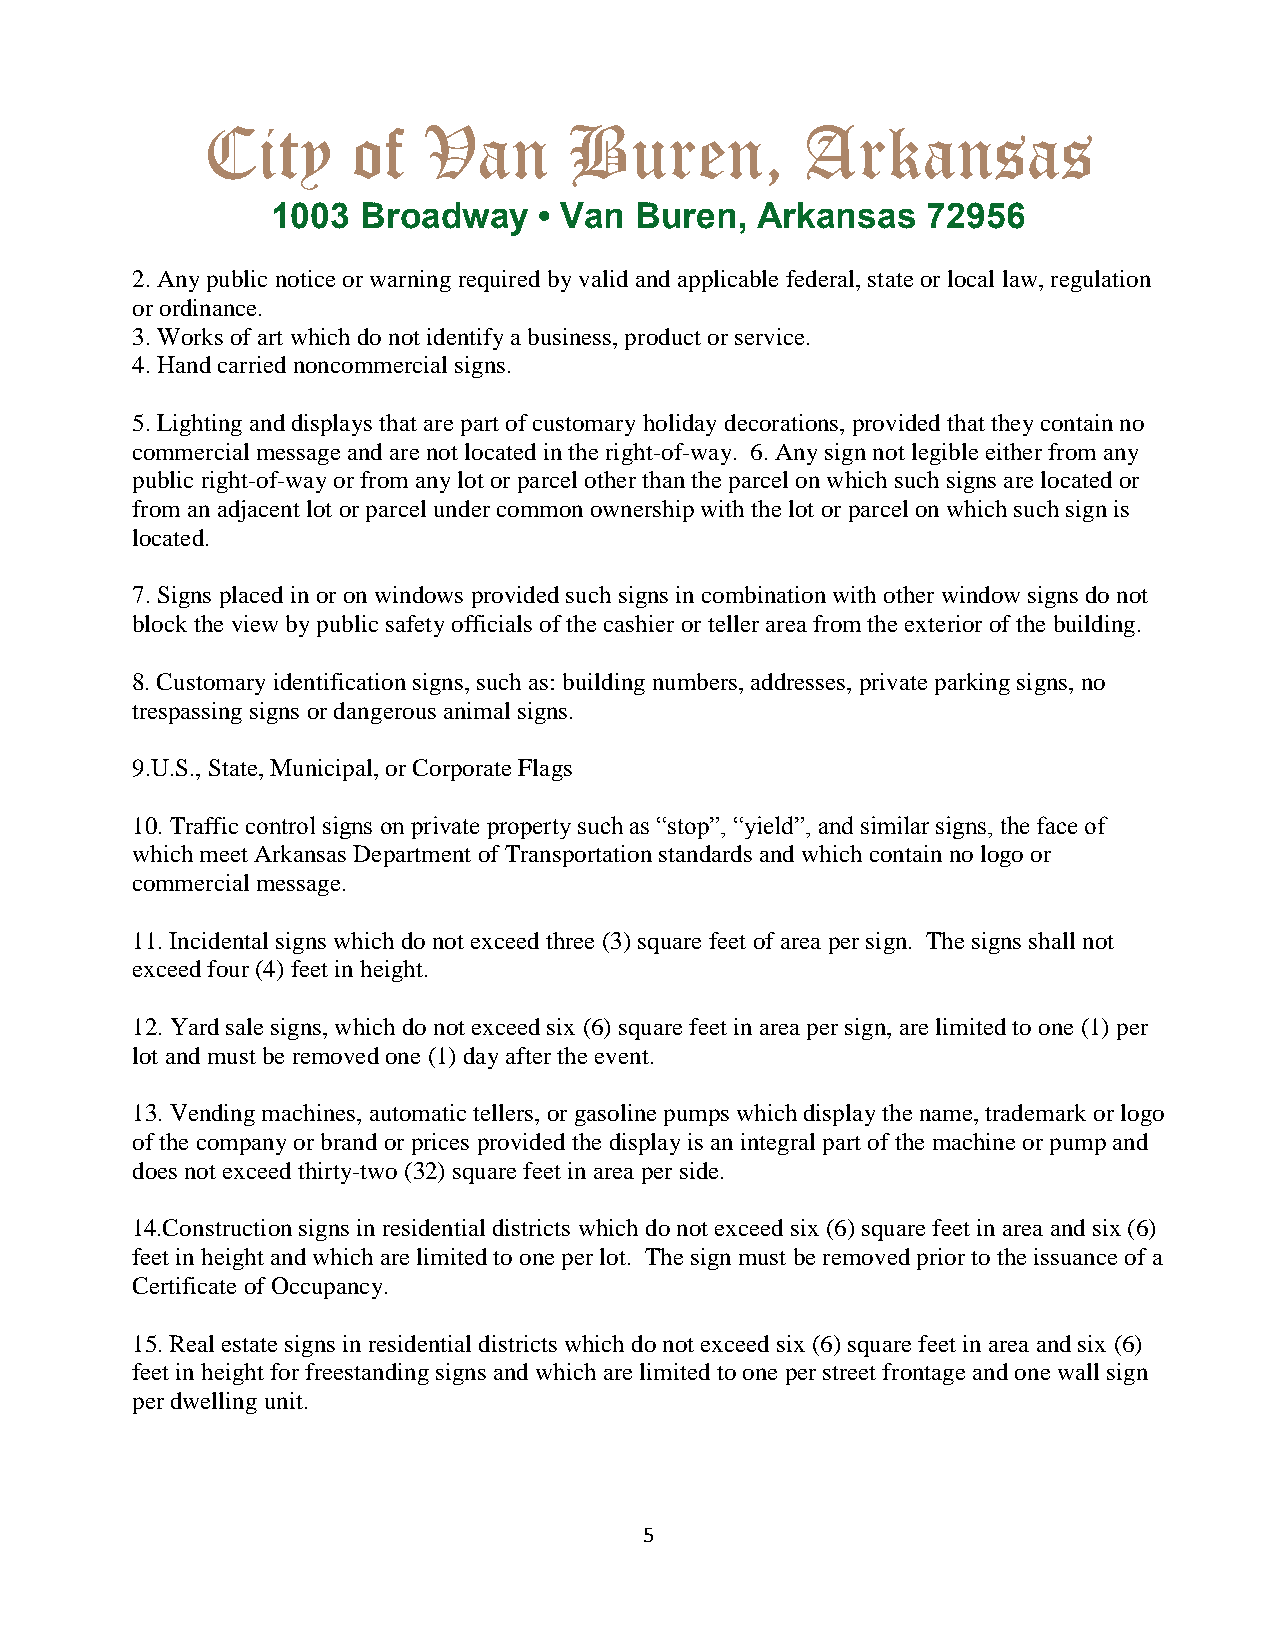
City      of   Van       Buren,         Arkansas
 1003  Broadway    • Van Buren,  Arkansas   72956
 2. Any public notice or warning required by valid and applicable federal, state or local law, regulation
 or ordinance.
 3. Works of art which do not identify a business, product or service.
 4. Hand carried noncommercial signs.
 5. Lighting and displays that are part of customary holiday decorations, provided that they contain no
 commercial message and are not located in the right-of-way. 6. Any sign not legible either from any
 public right-of-way or from any lot or parcel other than the parcel on which such signs are located or
 from an adjacent lot or parcel under common ownership with the lot or parcel on which such sign is
 located.
 7. Signs placed in or on windows provided such signs in combination with other window signs do not
 block the view by public safety officials of the cashier or teller area from the exterior of the building.
 8. Customary identification signs, such as: building numbers, addresses, private parking signs, no
 trespassing signs or dangerous animal signs.
 9.U.S., State, Municipal, or Corporate Flags
 10. Traffic control signs on private property such as “stop”, “yield”, and similar signs, the face of
 which meet Arkansas Department of Transportation standards and which contain no logo or
 commercial message.
 11. Incidental signs which do not exceed three (3) square feet of area per sign. The signs shall not
 exceed four (4) feet in height.
 12. Yard sale signs, which do not exceed six (6) square feet in area per sign, are limited to one (1) per
 lot and must be removed one (1) day after the event.
 13. Vending machines, automatic tellers, or gasoline pumps which display the name, trademark or logo
 of the company or brand or prices provided the display is an integral part of the machine or pump and
 does not exceed thirty-two (32) square feet in area per side.
 14.Construction signs in residential districts which do not exceed six (6) square feet in area and six (6)
 feet in height and which are limited to one per lot. The sign must be removed prior to the issuance of a
 Certificate of Occupancy.
 15. Real estate signs in residential districts which do not exceed six (6) square feet in area and six (6)
 feet in height for freestanding signs and which are limited to one per street frontage and one wall sign
 per dwelling unit.
 5